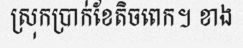
ស្រុកប្រាក់ខែតិចពេក។ ខាង